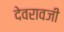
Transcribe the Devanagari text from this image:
देवरावजी